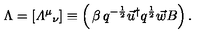
\Lambda = [ { { \mit \Lambda } ^ { \mu } } _ { \nu } ] \equiv \left( \begin{matrix} { \beta } & { q ^ { - \frac 1 2 } \vec { u } ^ { \dagger } } \\ { q ^ { \frac 1 2 } \vec { w } } & { B } \\ \end{matrix} \right) .